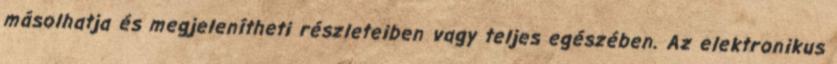
másolhatja és megjelenítheti részleteiben vagy teljes egészében. Az elektronikus